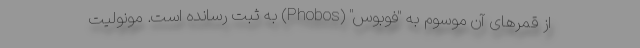
از قمرهای آن موسوم به "فوبوس" (Phobos) به ثبت رسانده است. مونولیت